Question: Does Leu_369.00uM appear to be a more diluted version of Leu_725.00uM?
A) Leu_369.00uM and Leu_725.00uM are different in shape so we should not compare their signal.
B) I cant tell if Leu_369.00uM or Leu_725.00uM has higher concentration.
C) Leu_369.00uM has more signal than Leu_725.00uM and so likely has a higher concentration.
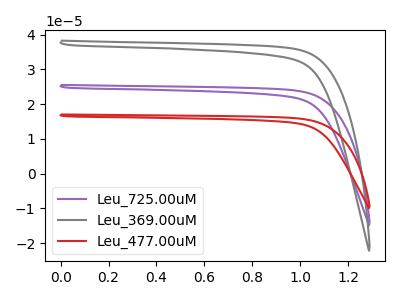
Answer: <think>The purple curve "Leu_725.00uM" has no peaks. The gray curve "Leu_369.00uM" has no peaks. The red curve "Leu_477.00uM" has no peaks.
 Neither "Leu_369.00uM" or "Leu_725.00uM" have any peaks.</think>
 <answer>B) I cant tell if "Leu_369.00uM" or "Leu_725.00uM" has higher concentration.</answer>
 <eval>B</eval>